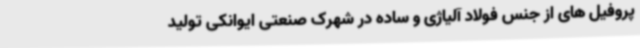
پروفیل های از جنس فولاد آلیاژی و ساده در شهرک صنعتی ایوانکی تولید